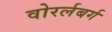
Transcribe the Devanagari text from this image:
वोरर्लबर्ग